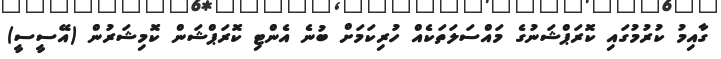
ގާއިމު ކުރުމުގައި ކޮރަޕްޝަނުގެ މައްސަލަތަކެއް ހުރިކަމަށް ބުނެ އެންޓި ކޮރަޕްޝަން ކޮމިޝަރުން (އޭސީސީ)